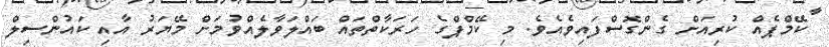
ކޭމްޕެއް ކުރިއަށް ގެންގޮސްފައިވެއެވެ. މި ކޭމްޕްގެ ހަރަކާތްތައް ބައްލަވާލެއްވުމަށް މޭޔަރު އާއި ކައުންސިލް